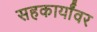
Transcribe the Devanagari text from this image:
सहकार्यांवर